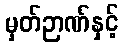
မှတ်ဉာဏ်နှင့်